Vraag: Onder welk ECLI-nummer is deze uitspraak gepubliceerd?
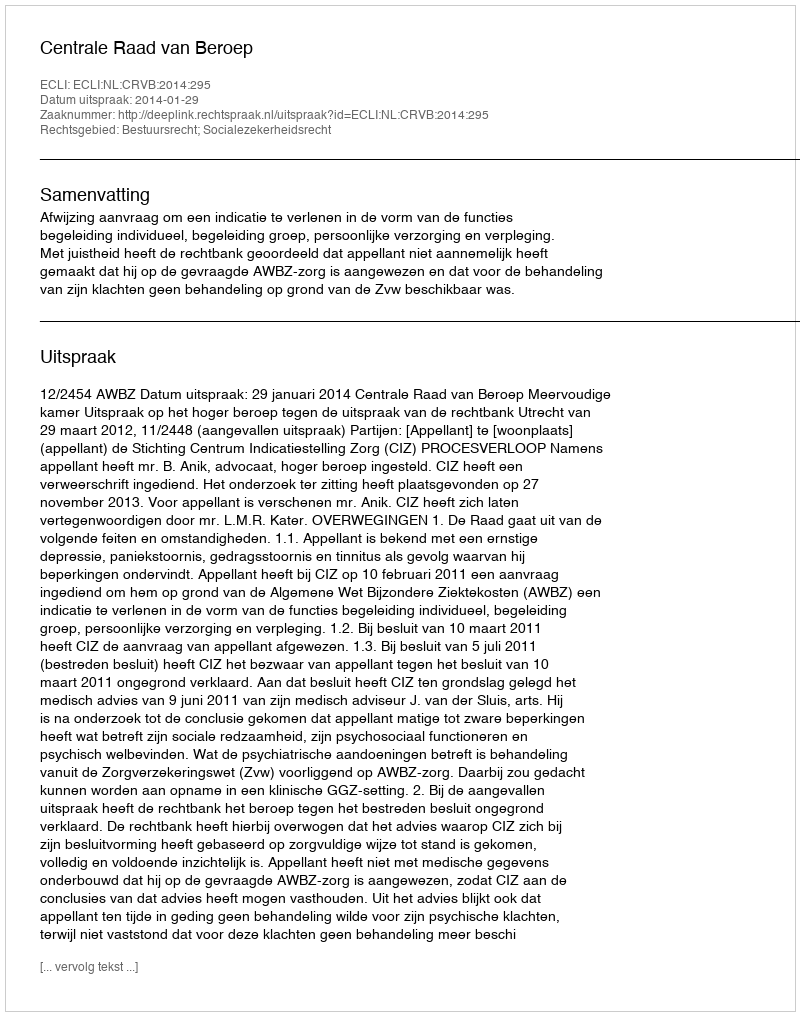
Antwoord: ECLI:NL:CRVB:2014:295